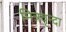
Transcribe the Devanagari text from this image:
मित्रवृन्दा